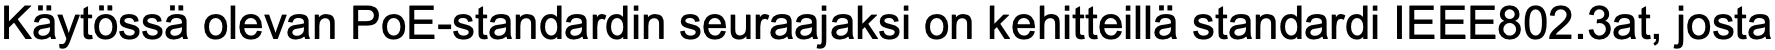
Käytössä olevan PoE-standardin seuraajaksi on kehitteillä standardi IEEE802.3at, josta